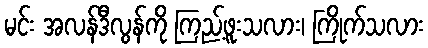
မင်း အလန်ဒီလွန်ကို ကြည့်ဖူးသလား၊ ကြိုက်သလား